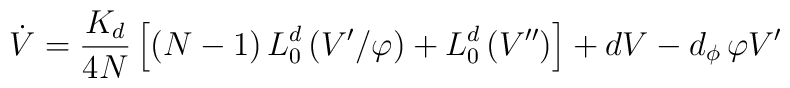
\dot{V}=\frac{K_{d}}{4N}\left[ \left( N-1\right) L_{0}^{d}\left( V^{\prime}/\varphi \right) +L_{0}^{d}\left( V^{\prime \prime }\right) \right]+dV-d_{\phi }\,\varphi V^{\prime }